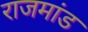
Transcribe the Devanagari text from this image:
राजमांड